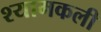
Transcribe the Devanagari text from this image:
श्यामकली